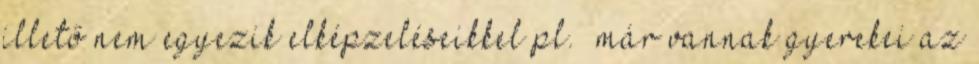
illető nem egyezik elképzeléseikkel pl. „már vannak gyerekei az